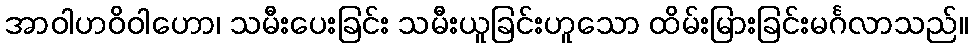
အာဝါဟဝိဝါဟော၊ သမီးပေးခြင်း သမီးယူခြင်းဟူသော ထိမ်းမြားခြင်းမင်္ဂလာသည်။